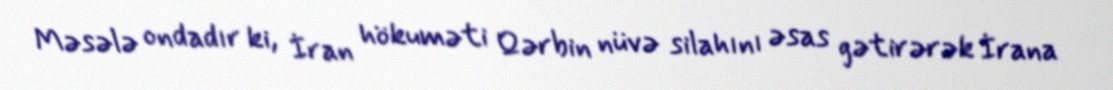
Məsələ ondadır ki, İran hökuməti Qərbin nüvə silahını əsas gətirərək İrana